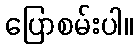
ပြောစမ်းပါ။